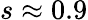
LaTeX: s\approx 0.9